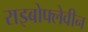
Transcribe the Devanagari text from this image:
राइबोफ्लेवीन